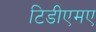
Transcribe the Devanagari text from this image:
टिडीएमए